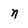
Character: n